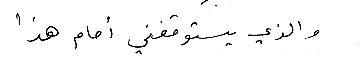
والذي يستوقفني أمام هذا